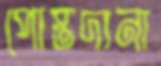
পোস্তদানা